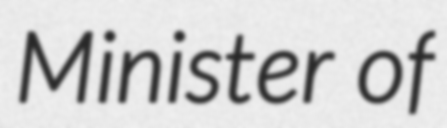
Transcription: Minister of